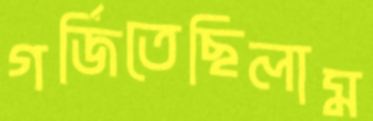
গর্জিতেছিলাম